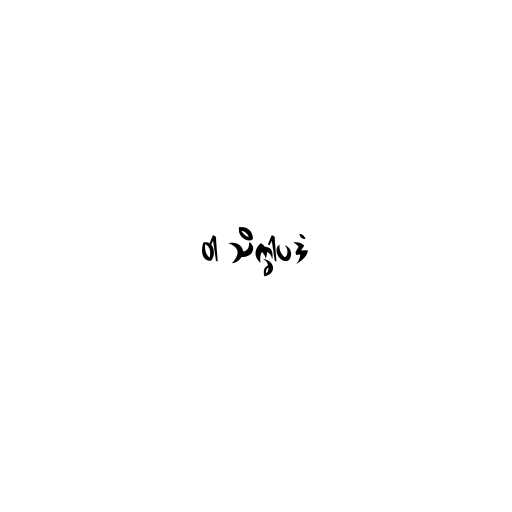
ဝါ သိက္ခါပဒံ